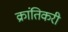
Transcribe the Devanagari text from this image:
क्रांतिकरी